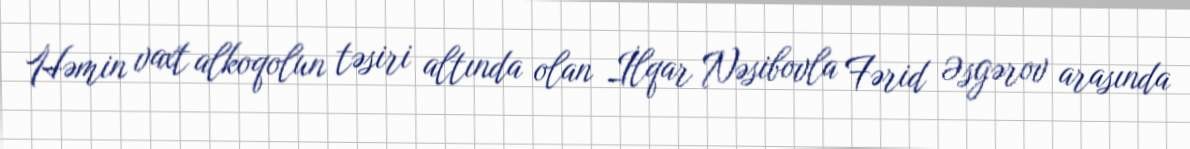
Həmin vaxt alkoqolun təsiri altında olan İlqar Nəsibovla Fərid Əsgərov arasında